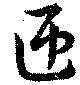
匝